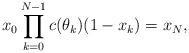
LaTeX: \begin{align*}x_0 \prod \limits_{k=0}^{N-1} c(\theta_k)(1-x_k) = x_N,\end{align*}